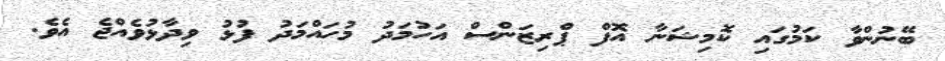
ބޭނުންވާ ކަމުގައި ކޮމިޝަނާ އޮފް ޕްރިޒަންސް އަހުމަދު މުހައްމަދު ފުޅު ވިދާޅުވެއްޖެ އެވެ.